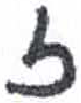
אות: ז